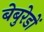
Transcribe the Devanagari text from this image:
बेबुरेडों